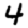
Digit: 4